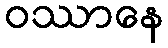
ဝဿာနေ